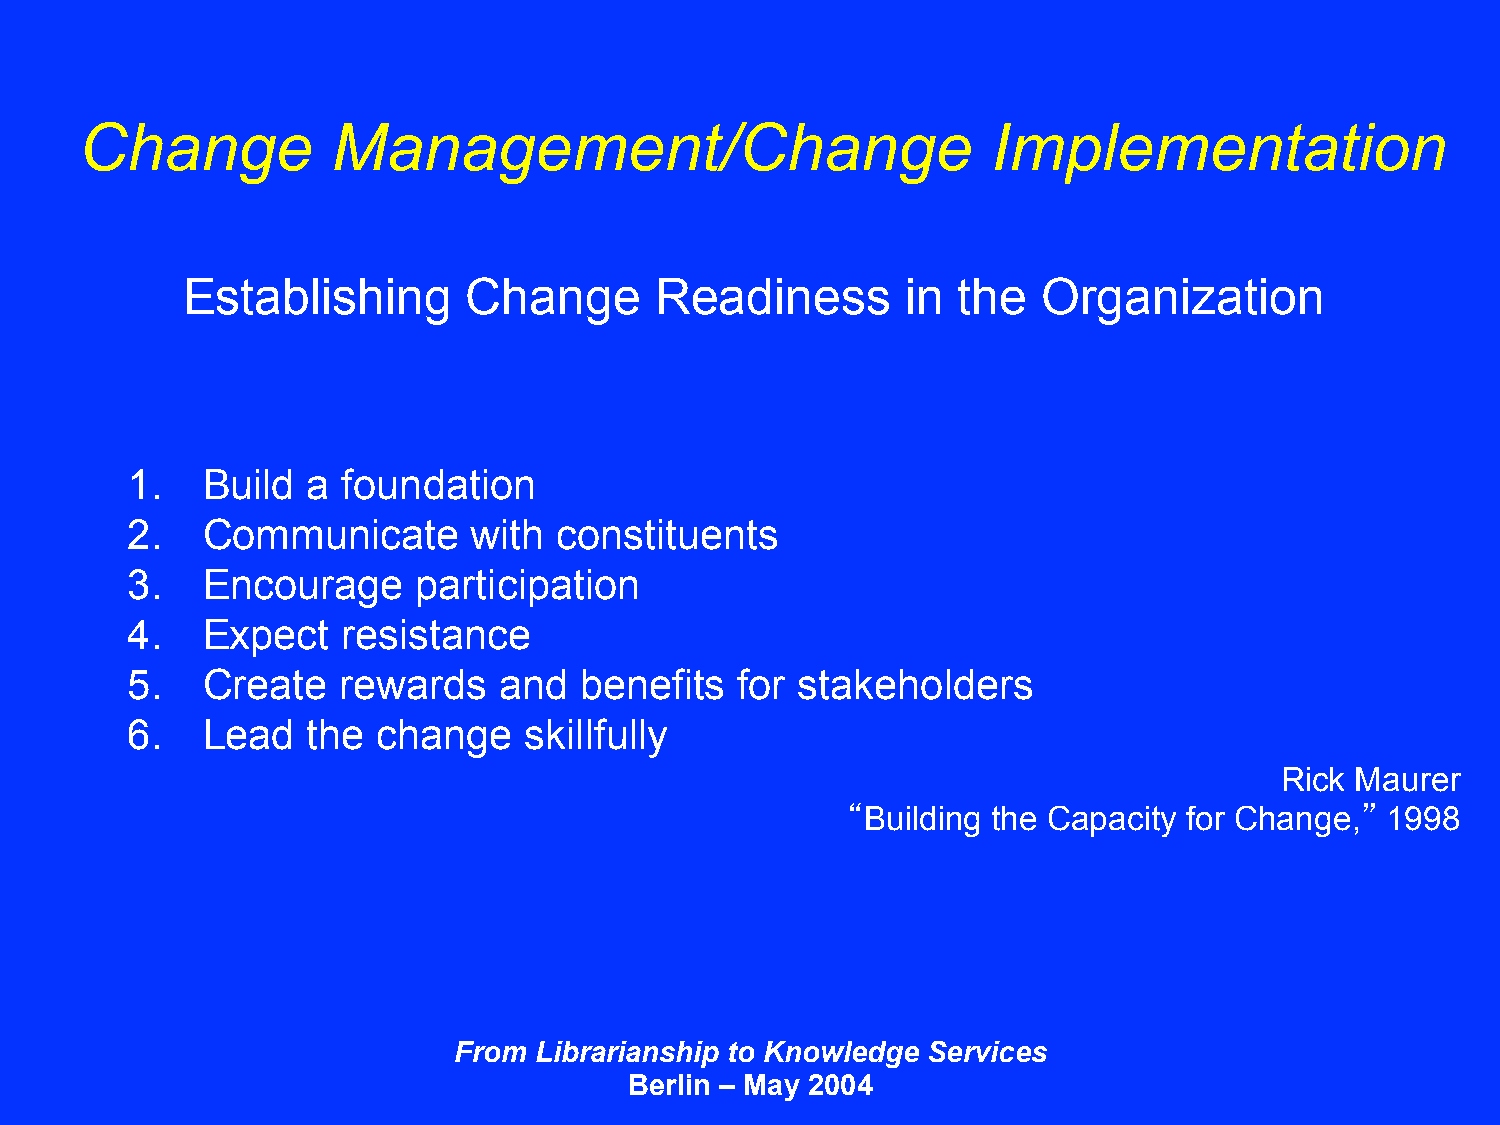
Change           Management/Change                           Implementation
 Establishing       Change      Readiness        in the   Organization
 1.   Build  a  foundation
 2.   Communicate       with  constituents
 3.   Encourage      participation
 4.   Expect    resistance
 5.   Create   rewards    and  benefits   for stakeholders
 6.   Lead   the  change    skillfully
 Rick Maurer
 “Building the Capacity for Change,” 1998
 From Librarianship to Knowledge Services
 Berlin – May 2004